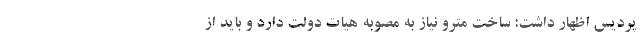
پردیس اظهار داشت: ساخت مترو نیاز به مصوبه هیات دولت دارد و باید از